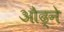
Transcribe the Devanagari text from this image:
औढ्ने